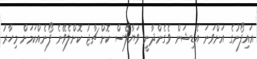
އައިފޯނުގެ އަށްވަނަ އެޑިޝަން ވެގެންދާނީ ވަޔާލެސް ކޮށް ޗާޖު ކޮށްލެވޭނެ ފޯނެއްކަމަށް މިހާރު